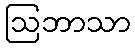
ဩဘာသာ